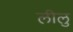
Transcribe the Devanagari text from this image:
लीलु